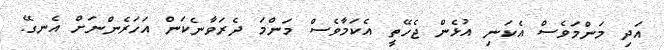
އަދި މަންމަވެސް އެކަނި އުޅެން ޖެހޭތީ އެކަމާވެސް މަންމަ ދެރަވާނެކަން އަހަރެންނަށް އެނގޭ.